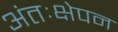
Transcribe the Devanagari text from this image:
अंतःक्षेपन